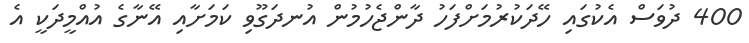
400 ދުވަސް އެކުގައި ހޭދަކުރުމަށްފަހު ދާންޖެހުމުން އުނދަގޫވި ކަމަށާއި އޭނާގެ އުއްމީދަކީ އެ